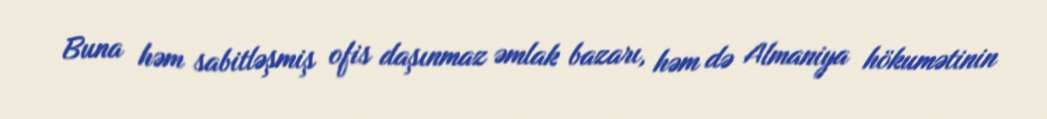
Buna həm sabitləşmiş ofis daşınmaz əmlak bazarı, həm də Almaniya hökumətinin